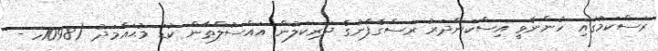
ރަސްކަމުގައި ހުންނެވީ އިސްކަންދަރު ރަސްގެފާނުގެ ދަރިކަލުން އައްސުލްޠާން ކުޑަ މުޙައްމަދު (1098ހ -